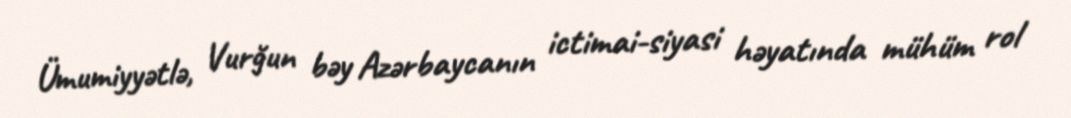
Ümumiyyətlə, Vurğun bəy Azərbaycanın ictimai-siyasi həyatında mühüm rol